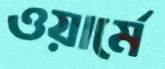
ওয়ার্মে